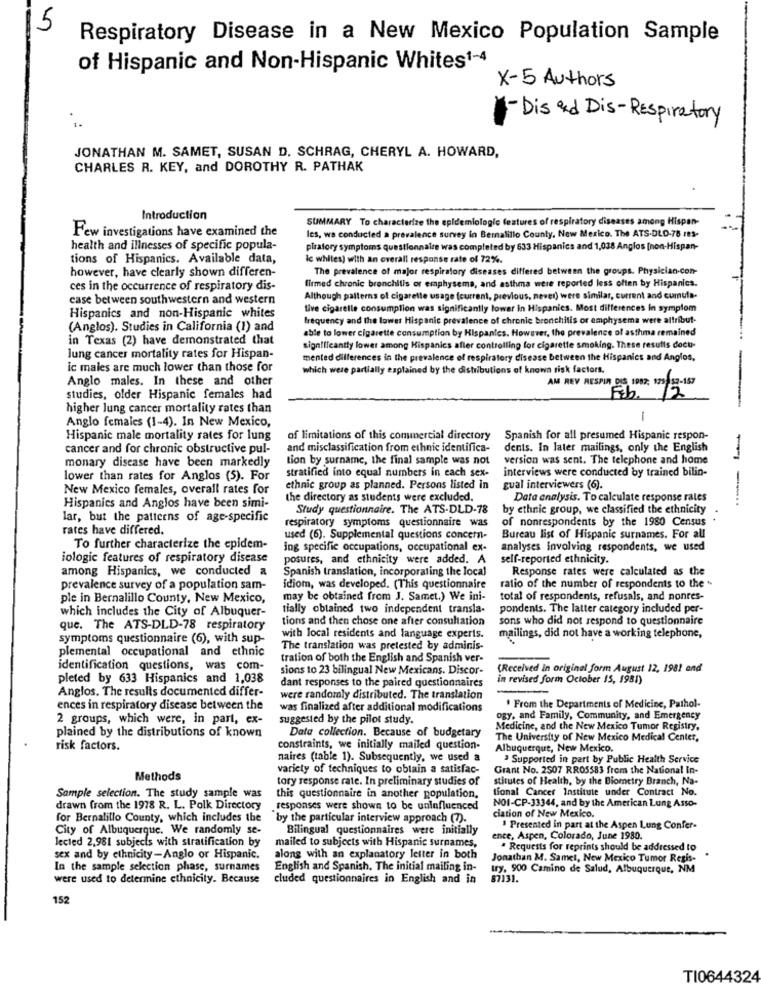
5
Respiratory Disease in a New Mexico Population Sample
of Hispanic and Non-Hispanic Whites1-4
X-5 Authors
- Dis ad Dis- Respiratory
JONATHAN M. SAMET, SUSAN D. SCHRAG, CHERYL A. HOWARD,
CHARLES R. KEY, and DOROTHY R. PATHAK
Introduction
SUMMARY To characterize the epidemiologic features of respiratory diseases among Hispan-
Few investigations have examined the
les, wa conducted a prevalence survey in Bernalillo County, New Mexico. The ATS.DLD-78 res-
health and illnesses of specific popula-
pirafory symptoms questionnaire was completed by 633 Hispanics and 1,038 Anglos [non-Hispan-
tions of Hispanics. Available data,
Ic whites) with an overall response rate of 72%.
however, have clearly shown differen-
The prevalence of major respiratory diseases differed between the groups. Physician.con-
ces in the occurrence of respiratory dis-
firmed chronic bronchitis or emphysema, and asthma were reported less often by Hispanics.
case between southwestern and western
Although patterns of cigarette usage (current, previous, never) were similar, current and cumula-
tive cigarelle consumption was significantly lower In Hispanics. Most differences In symptom
Hispanics and non-Hispanic whites
frequency and the lower Hispanic prevalence of chronic bronchitis or emphysema were altribut-
(Anglos). Studies in California (1) and
able to lower cigarette consumption by Hispanics. However, the prevalence of asthma remained
in Texas (2) have demonstrated that
significantly lower among Hispanics after controlling for cigarette smoking. These results docu-
lung cancer mortality rates for Hispan-
mented differences in the prevalence of respiratory disease between the Hispanics and Anglos,
ic males are much lower than those for
which were partially explained by the distributions of known risk factors.
Anglo males. In these and other
AM REV RESPIR DIS 1982: 125-53-157
studies, older Hispanic females had
higher lung cancer mortality rates than
Anglo females (1-4). In New Mexico,
Hispanic male mortality rates for lung
of limitations of this commercial directory
Spanish for all presumed Hispanic respon-
cancer and for chronic obstructive pul-
and misclassification from ethnic identifica-
dents. In later mailings, only the English
monary disease have been markedly
tion by surname, the final sample was not
version was sent. The telephone and home
stratified into equal numbers in each sex-
interviews were conducted by trained bilin-
lower than rates for Anglos (5). For
New Mexico females, overall rates for
ethnic group as planned. Persons listed in
gual interviewers (6).
the directory as students were excluded.
Data analysis. To calculate response rates
Hispanics and Anglos have been simi-
Study questionnaire. The ATS-DLD-78
by ethnic group, we classified the ethnicity .
lar, but the patterns of age-specific
respiratory symptoms questionnaire was
of nonrespondents by the 1980 Census
rates have differed.
used (6). Supplemental questions concern-
Bureau list of Hispanic surnames. For all
To further characterize the epidem-
ing specific occupations, occupational ex-
analyses involving respondents, we used
iologie features of respiratory disease
posures, and ethnicity were added. A
self-reported ethnicity.
among Hispanics, we conducted a
Spanish translation, incorporating the local
Response rates were calculated as the
prevalence survey of a population sam-
idiom, was developed. (This questionnaire
ratio of the number of respondents to the
ple in Bernalillo County, New Mexico,
may be obtained from J. Samet.) We ini-
total of respondents, refusals, and nonres-
which includes the City of Albuquer-
tially obtained two independent transla-
pondents. The latter category included per-
tions and then chose one after consultation
sons who did not respond to questionnaire
que. The ATS-DLD-78 respiratory
symptoms questionnaire (6), with sup-
with local residents and language experts.
mailings, did not have a working telephone,
The translation was pretested by adminis
plemental occupational and ethnic
tration of both the English and Spanish ver-
identification questions, was com-
sions to 23 bilingual New Mexicans. Discor-
(Received in original form August 12, 1981 and
pleted by 633 Hispanics and 1,038
dant responses to the paired questionnaires
in revised form October 15, 1981)
Anglos. The results documented differ-
were randomly distributed. The translation
ences in respiratory disease between the
was finalized after additional modifications
. From the Departments of Medicine, Pathol-
2 groups, which were, in part, ex-
suggested by the pilot study.
ogy, and Family, Community, and Emergency
Medicine, and the New Mexico Tumor Registry,
plained by the distributions of known
Data collection. Because of budgetary
The University of New Mexico Medical Center,
risk factors.
constraints, we initially mailed question-
Albuquerque, New Mexico.
naires (table 1). Subsequently, we used a
Supported in pert by Public Health Service
variety of techniques to obtain a satisfac-
Grant No. 2507 RR05583 from the National In-
Methods
tory response rate. In preliminary studies of
stitutes of Health, by the Biometry Branch, Na-
tional Cancer Institute under Contract No.
Sample selection. The study sample was
this questionnaire in another population.
drawn from the 1978 R. L. Polk Directory
responses were shown to be unlafluenced
NOI-CP-33344, and by the American Lung Asso-
for Bernalillo County, which includes the
by the particular interview approach (7).
ciation of New Mexico.
City of Albuquerque. We randomly se-
Bilingual questionnaires were initially
' Presented in part at the Aspen Lung Confer-
lected 2,981 subjects with stratification by
ence, Aspen, Colorado, June 1980.
mailed to subjects with Hispanic surnames,
. Requests for reprints should be addressed to
sex and by ethnicity-Anglo or Hispanic.
along with an explanatory letter in both
Jonathan M. Samet, New Mexico Tumor Regis-
In the sample selection phase, surnames
English and Spanish. The initial mailing in-
try, 900 Camino de Salud, Albuquerque, NM
were used to determine ethnicity. Because
cluded questionnaires in English and in
87131.
152
TI0644324